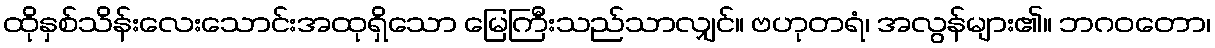
ထိုနှစ်သိန်းလေးသောင်းအထုရှိသော မြေကြီးသည်သာလျှင်။ ဗဟုတရံ၊ အလွန်များ၏။ ဘဂဝတော၊